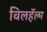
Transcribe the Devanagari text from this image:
विलहॅल्म